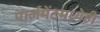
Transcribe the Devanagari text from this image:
पार्लमेंटमध्येही